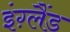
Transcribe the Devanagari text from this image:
इंग़्लैंड